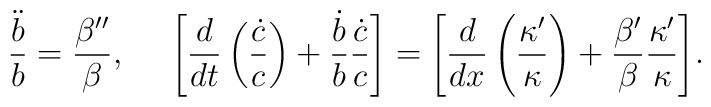
\frac{\ddot{b}}{b} = \frac{\beta''}{\beta},~~~~\Biggl[\frac{d}{d t}\left(\frac{\dot{c}}{c}\right) + \frac{\dot{b}}{b}\frac{ \dot{c}}{c}\Biggr] = \Biggl[\frac{d}{dx} \left(\frac{\kappa'}{\kappa}\right) +\frac{\beta'}{\beta}\frac{\kappa'}{\kappa} \Biggr].